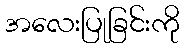
အလေးပြုခြင်းကို